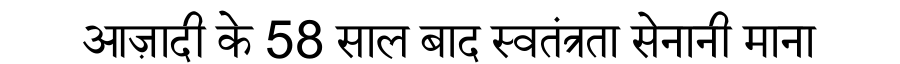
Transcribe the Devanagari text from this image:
आज़ादी के 58 साल बाद स्वतंत्रता सेनानी माना